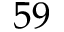
5 9